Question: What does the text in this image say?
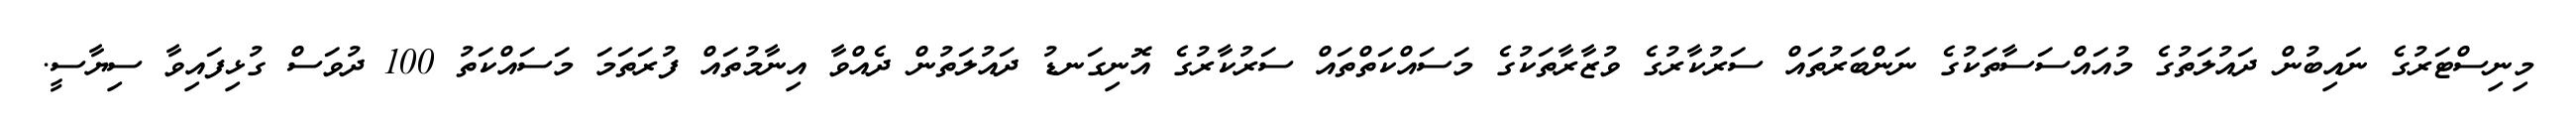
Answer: މިނިސްޓަރުގެ ނައިބުން ދައުލަތުގެ މުއައްސަސާތަކުގެ ނަންބަރުތައް ސަރުކާރުގެ ވުޒާރާތަކުގެ މަސައްކަތްތައް ސަރުކާރުގެ އޮނިގަނޑު ދައުލަތުން ދެއްވާ އިނާމުތައް ފުރަތަމަ މަސައްކަތު 100 ދުވަސް ގުޅިފައިވާ ސިޔާސީ.